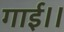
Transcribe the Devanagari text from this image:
गाई।।